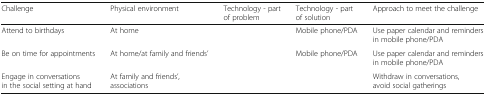
<table><thead><tr><td><b>Challenge</b></td><td><b>Physical environment</b></td><td><b>Technology - part of problem</b></td><td><b>Technology - part of solution</b></td><td><b>Approach to meet the challenge</b></td></tr></thead><tbody><tr><td>Attend to birthdays</td><td>At home</td><td></td><td>Mobile phone/PDA</td><td>Use paper calendar and reminders in mobile phone/PDA</td></tr><tr><td>Be on time for appointments</td><td>At home/at family and friends’</td><td></td><td>Mobile phone/PDA</td><td>Use paper calendar and reminders in mobile phone/PDA</td></tr><tr><td>Engage in conversations in the social setting at hand</td><td>At family and friends’, associations</td><td></td><td></td><td>Withdraw in conversations, avoid social gatherings</td></tr></tbody></table>